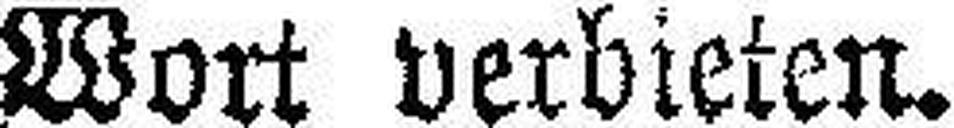
Wort verbieten.